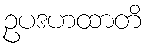
ဥပဒဟထာတိ